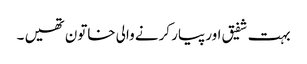
بہت شفیق اور پیار کرنے والی خاتون تھیں ۔